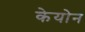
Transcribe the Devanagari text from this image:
केयोन